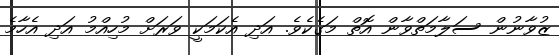
ޒުވާނުން ސަލާމަތްވާން އޮތް މަގެކެވެ. އަދި އެކަމަކީ ވަރަށް މުހިއްމު އަދި އެހާމެ